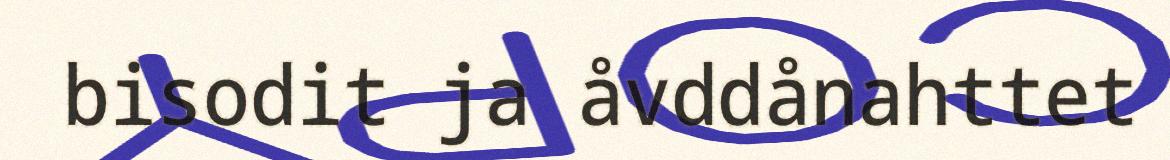
bisodit ja åvddånahttet